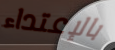
بالإعتداء